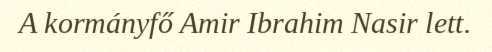
A kormányfő Amir Ibrahim Nasir lett.